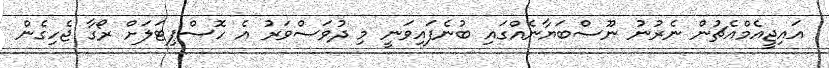
އައިޖީއެމްއެޗުން ނެރުނު ނޫސްބަޔާނެއްގައި ބުނެފައިވަނީ މި ދުވަސްވަރު އެ ހޮސްޕިޓަލަށް ރޯގާ ޖެހިގެން